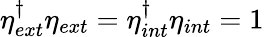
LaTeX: \eta_{ext}^{\dagger}\eta_{ext}=\eta_{int}^{\dagger}\eta_{int}=1